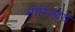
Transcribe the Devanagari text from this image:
सीरिलीय